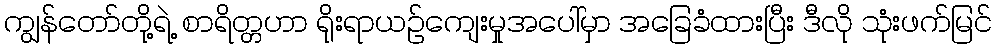
ကျွန်တော်တို့ရဲ့ စာရိတ္တဟာ ရိုးရာယဉ်ကျေးမှုအပေါ်မှာ အခြေခံထားပြီး ဒီလို သုံးဖက်မြင်